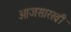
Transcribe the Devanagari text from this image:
आजसारखी